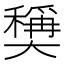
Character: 𡚕